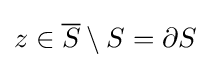
z\in {\overline {S}}\setminus S=\partial S